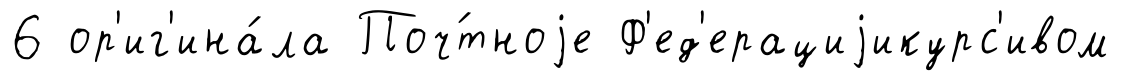
6 ор'иг'ина́ла Поч́тноjе Ф'ед'ерациjикурс'ивом